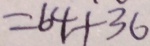
= 6 4 + 3 6